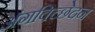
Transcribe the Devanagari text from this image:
अंगविच्छेदन